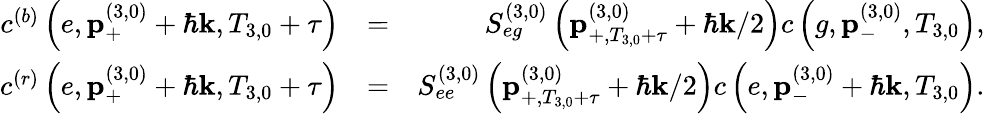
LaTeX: \begin{array}{rlr}{c^{\left(b\right)}\left(e,\mathbf{p}_{+}^{\left(3,0\right)}+\hbar\mathbf{k},T_{3,0}+\tau\right)}&{=}&{S_{eg}^{\left(3,0\right)}\left(\mathbf{p}_{+,T_{3,0}+\tau}^{\left(3,0\right)}+\hbar\mathbf{k}/2\right)c\left(g,\mathbf{p}_{-}^{\left(3,0\right)},T_{3,0}\right),}\\ {c^{\left(r\right)}\left(e,\mathbf{p}_{+}^{\left(3,0\right)}+\hbar\mathbf{k},T_{3,0}+\tau\right)}&{=}&{S_{ee}^{\left(3,0\right)}\left(\mathbf{p}_{+,T_{3,0}+\tau}^{\left(3,0\right)}+\hbar\mathbf{k}/2\right)c\left(e,\mathbf{p}_{-}^{\left(3,0\right)}+\hbar\mathbf{k},T_{3,0}\right).}\end{array}